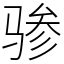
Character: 骖